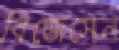
বিজেসেন